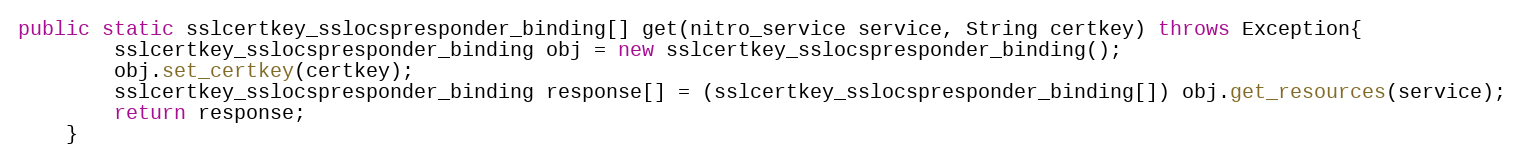
Language: Java
public static sslcertkey_sslocspresponder_binding[] get(nitro_service service, String certkey) throws Exception{
		sslcertkey_sslocspresponder_binding obj = new sslcertkey_sslocspresponder_binding();
		obj.set_certkey(certkey);
		sslcertkey_sslocspresponder_binding response[] = (sslcertkey_sslocspresponder_binding[]) obj.get_resources(service);
		return response;
	}